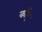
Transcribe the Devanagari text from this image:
काॅए